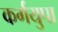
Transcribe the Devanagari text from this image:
कर्गयुपा